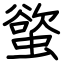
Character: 螸